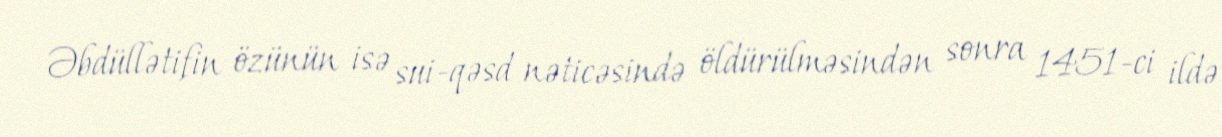
Əbdüllətifin özünün isə sui-qəsd nəticəsində öldürülməsindən sonra 1451-ci ildə